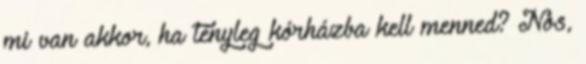
mi van akkor, ha tényleg kórházba kell menned? Nos,